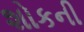
શોકની